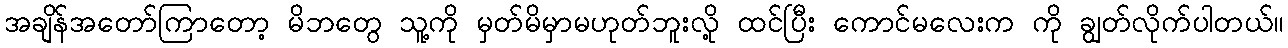
အချိန်အတော်ကြာတော့ မိဘတွေ သူ့ကို မှတ်မိမှာမဟုတ်ဘူးလို့ ထင်ပြီး ကောင်မလေးက ကို ချွတ်လိုက်ပါတယ်။